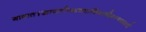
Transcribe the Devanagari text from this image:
गावात१खाजगीव्यावसायिकप्रशिक्षणशाळाआहे